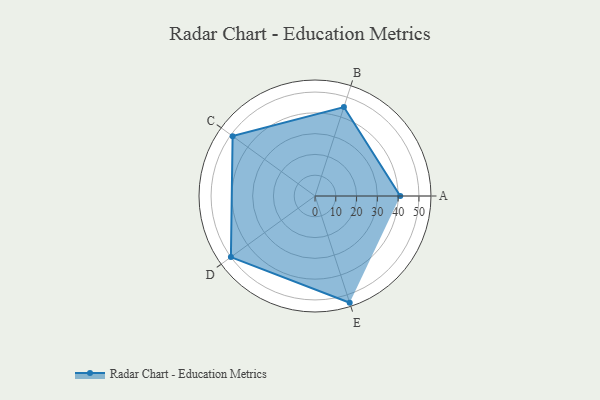
{"axis": {"x": "Skill", "y": "Score"}, "legend": ["Profile"], "data": [{"x": "A", "y": 41.0, "type": "Profile"}, {"x": "B", "y": 45.0, "type": "Profile"}, {"x": "C", "y": 49.0, "type": "Profile"}, {"x": "D", "y": 50.0, "type": "Profile"}, {"x": "E", "y": 54.0, "type": "Profile"}]}